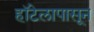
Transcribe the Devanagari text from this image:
हॉटेलापासून